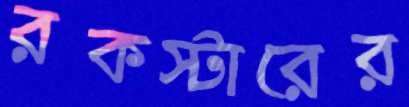
রকস্টারের